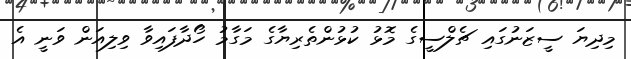
މިދިޔަ ސީޒަނުގައި ޗެލްސީގެ މޮޅު ކުޅުންތެރިޔާގެ މަގާމު ހޯދާފައިވާ ވިލިއަން ވަނީ އެ